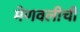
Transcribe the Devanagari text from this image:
मेणवलीची